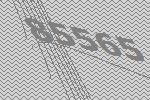
85565